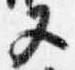
又